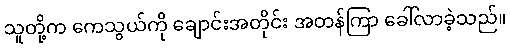
သူတို့က ကေသွယ်ကို ချောင်းအတိုင်း အတန်ကြာ ခေါ်လာခဲ့သည်။